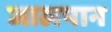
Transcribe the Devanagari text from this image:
जालपान